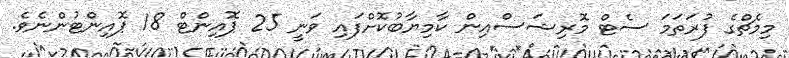
މިމެޗްގެ ފުރަތަމަ ސެޓް މޮރިޝަސްއިން ކާމިޔާބުކޮށްފައި ވަނީ 25 ޕޮއިންޓް 18 ޕޮއިންޓުންނެވެ.